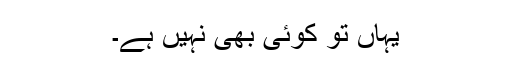
یہاں تو کوئی بھی نہیں ہے۔